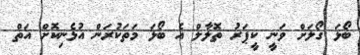
ބޯޅަ ގޯލަށް ވަނީ ކީޕަރު ތޮލާލް އެ ބޯޅަ މަތަކުރަން އުޅެނިކޮށް އަތް